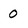
Character: 0